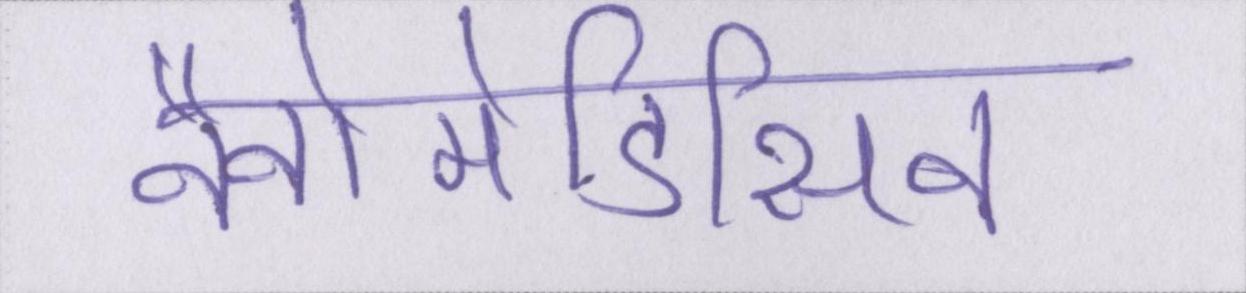
नैनोमेडिसिन